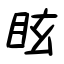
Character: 眩